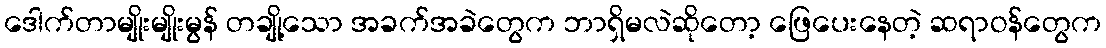
ဒေါက်တာမျိုးမျိုးမွန် တချို့သော အခက်အခဲတွေက ဘာရှိမလဲဆိုတော့ ဖြေပေးနေတဲ့ ဆရာဝန်တွေက